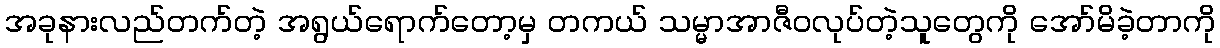
အခုနားလည်တက်တဲ့ အရွယ်ရောက်တော့မှ တကယ် သမ္မာအာဇီဝလုပ်တဲ့သူတွေကို အော်မိခဲ့တာကို